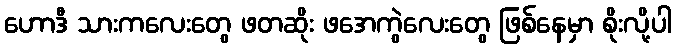
ဟောဒီ သားကလေးတွေ ဖတဆိုး ဖအေကွဲလေးတွေ ဖြစ်နေမှာ စိုးလို့ပါ